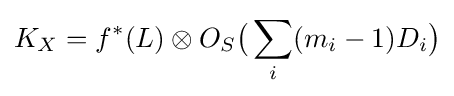
K_{X}=f^{*}(L)\otimes O_{S}{\big (}\sum _{i}(m_{i}-1)D_{i}{\big )}